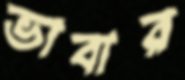
ভাবার